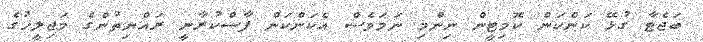
ބަޖެޓާ ގުޅޭ ކަންކަން ކޮމިޓީން ނިންމި ނަމަވެސް އެކަންކަން ފާސްކުރާނީ ރައްޔިތުންގެ މަޖިލީހުގެ